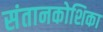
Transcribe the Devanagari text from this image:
संतानकोशिका